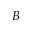
B